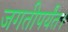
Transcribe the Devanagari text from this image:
जगतीपर्यंत।